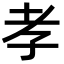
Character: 孝